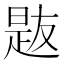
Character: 𪰯